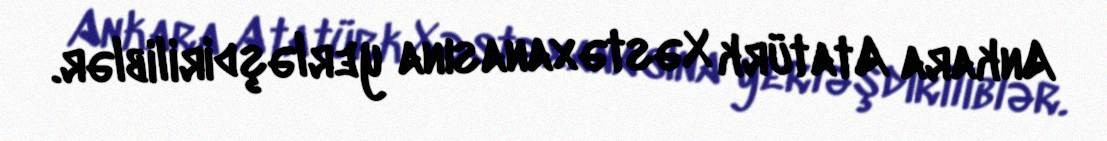
Ankara Atatürk Xəstəxanasına yerləşdiriliblər.